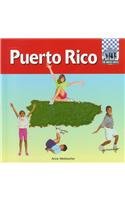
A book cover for Puerto Rico (United States); Anne Welsbacher; Travel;